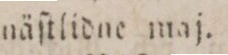
näſtlidne maj.